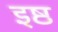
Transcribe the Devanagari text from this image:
इष्ठ